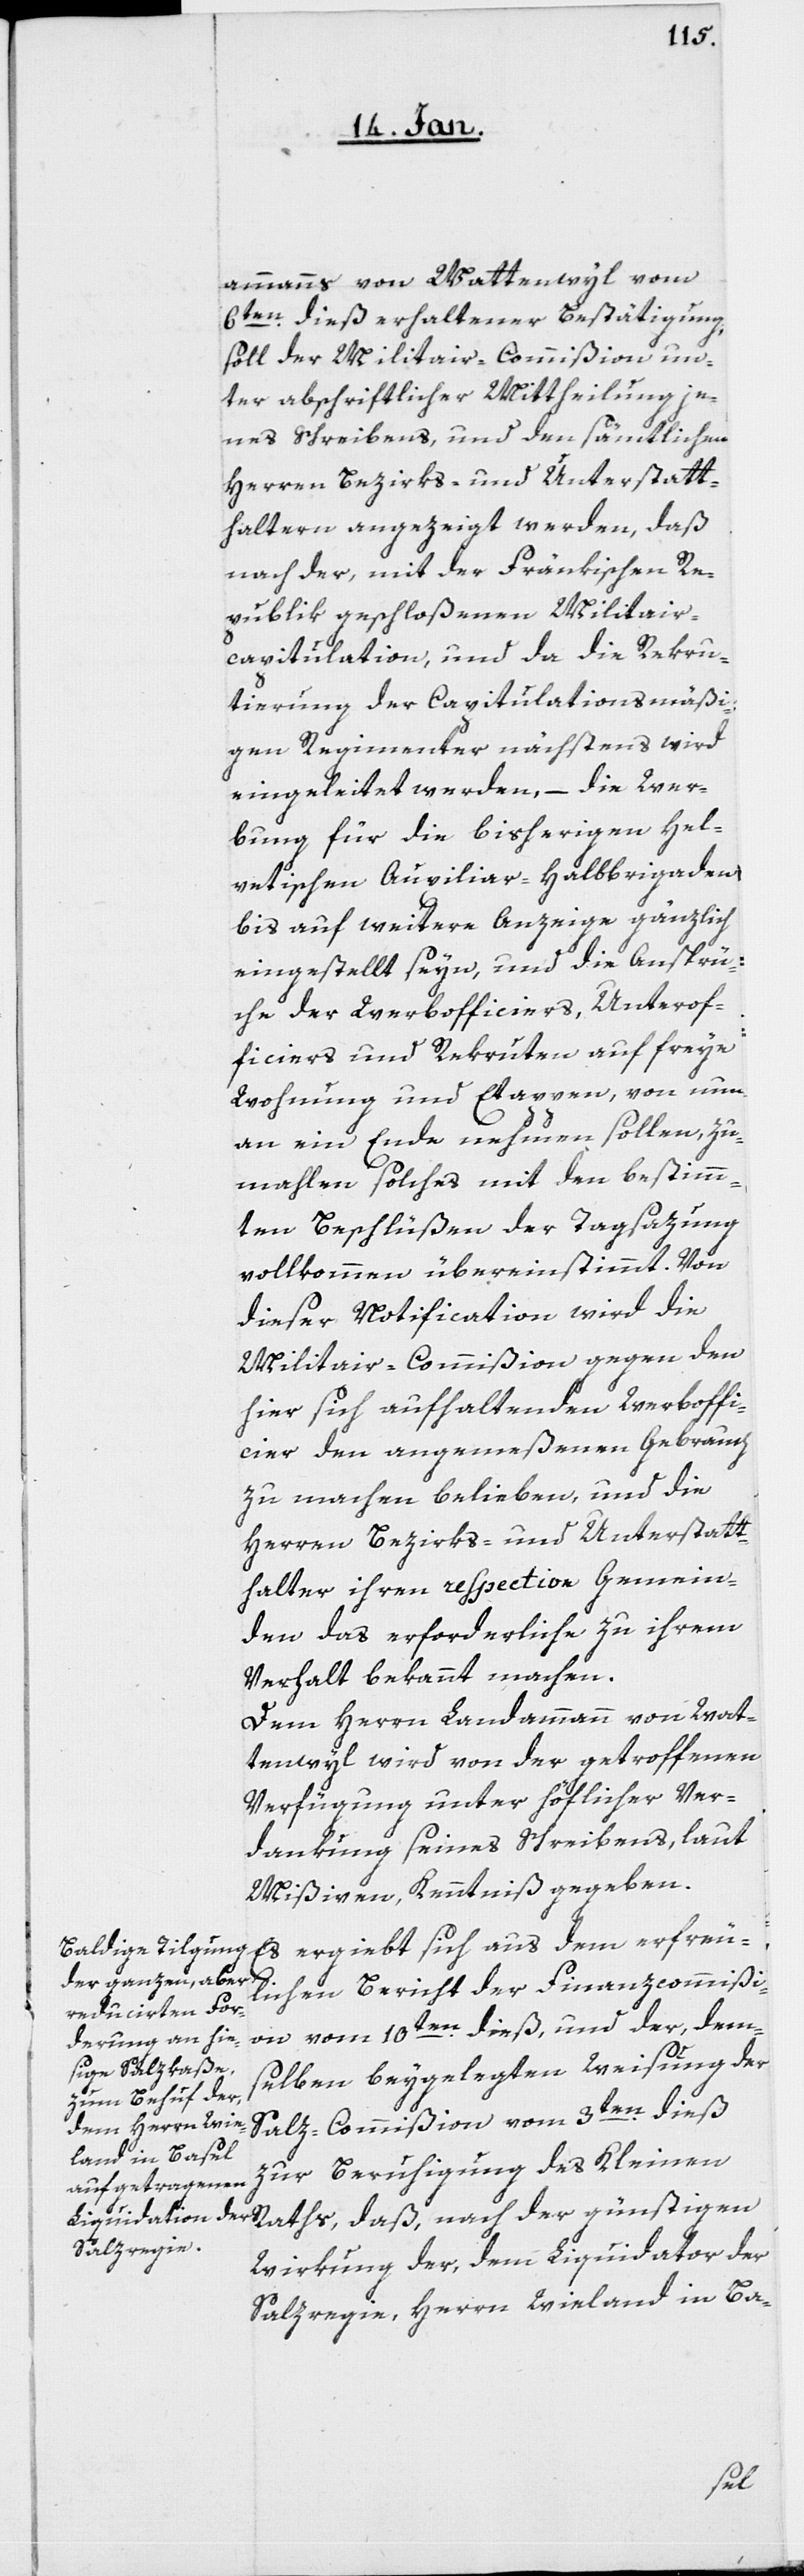
ammanns von Wattenwyl vom
6ten. dieß erhaltener Bestätigung,
soll der Militair-Commißion un¬
ter abschriftlicher Mittheilung je¬
nes Schreibens, und den sämtlichen
Herren Bezirks- und Unterstatt¬
haltern angezeigt werden, daß
nach der, mit der Fränkischen Re¬
publik geschloßenen Militair¬
capitulation, und da die Rekru¬
tierung der Capitulationsmäßi¬
gen Regimenter nächstens wird
eingeleitet werden, – die Wer¬
bung für die bisherigen hel¬
vetischen Auxiliar-Halbbrigaden
bis auf weitere Anzeige gänzlich
eingestellt seyn, und die Ansprü¬
che der Werbofficiers, Unterof¬
ficiers und Rekruten auf freye
Wohnung und Etappen, von nun
an ein Ende nehmen sollen, zu¬
mahlen solches mit den bestimm¬
ten Beschlüßen der Tagsazung
vollkommen übereinstimmt. Von
dieser Notification wird die
Militair-Commißion gegen den
hier sich aufhaltenden Werboffi¬
cier den angemeßenen Gebrauch
zu machen belieben, und die
Herren Bezirks- und Unterstatt¬
halter ihren respective Gemein¬
den das Erforderliche zu ihrem
Verhalt bekannt machen.
Dem Herrn Landammann von Wat¬
tenwyl wird von der getroffenen
Verfügung unter höflicher Ver¬
dankung seines Schreibens, laut
Mißiven, Kenntniß gegeben.
Es ergiebt sich aus dem erfreu¬
lichen Bericht der Finanzcommißi¬
on vom 10ten. dieß, und der, dem¬
selben beygelegten Weisung der
Salz-Commißion vom 3ten. dieß
zur Beruhigung des Kleinen
Raths, daß, nach der günstigen
Wirkung der, dem Liquidator der
Salzregie, Herrn Wieland in Ba-